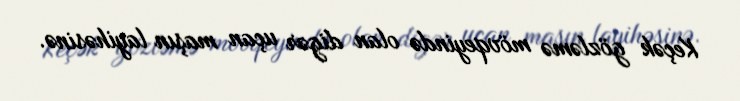
Keçək gözləmə mövqeyində olan digər uçan maşın layihəsinə.